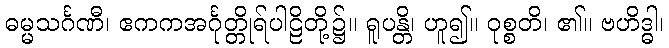
ဓမ္မသင်္ဂဏီ၊ ဧကကအင်္ဂုတ္တိုရ်ပါဠိတို့၌။ ရူပန္တိ၊ ဟူ၍။ ဝုစ္စတိ၊ ၏။ ဗဟိဒ္ဓါ၊